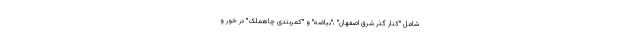
شامل "کنار گذر شرق اصفهان" ،"بیاضه" و "کمربندی چاهمَلِک" در خور و